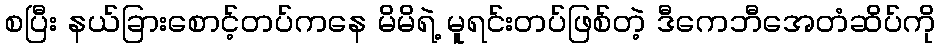
စပြီး နယ်ခြားစောင့်တပ်ကနေ မိမိရဲ့ မူရင်းတပ်ဖြစ်တဲ့ ဒီကေဘီအေတံဆိပ်ကို